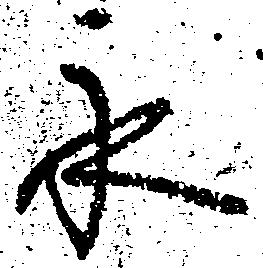
永